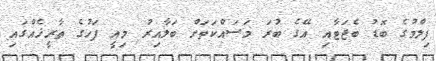
ފިލްމުގެ ބޮޑު ބެޖަޓާއި އޭގެ ބުރަ މަސައްކަތަށް ބަލާއިރު މިއީ ފަހުގެ ތާރީޚެއްގައި